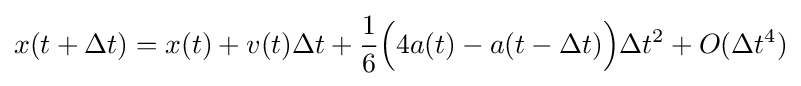
x(t+\Delta t)=x(t)+v(t)\Delta t+{\frac {1}{6}}{\Bigl (}4a(t)-a(t-\Delta t){\Bigr )}\Delta t^{2}+O(\Delta t^{4})